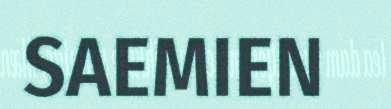
SAEMIEN